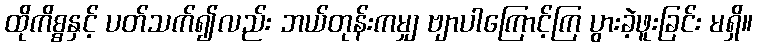
ထိုကိစ္စနှင့် ပတ်သက်၍လည်း ဘယ်တုန်းကမျှ ဗျာပါကြောင့်ကြ ပွားခဲ့ဖူးခြင်း မရှိ။